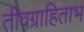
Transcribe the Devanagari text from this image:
तीवग्राहिताभ